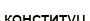
конституц